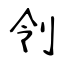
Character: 刢